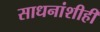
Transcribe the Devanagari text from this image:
साधनांशीही